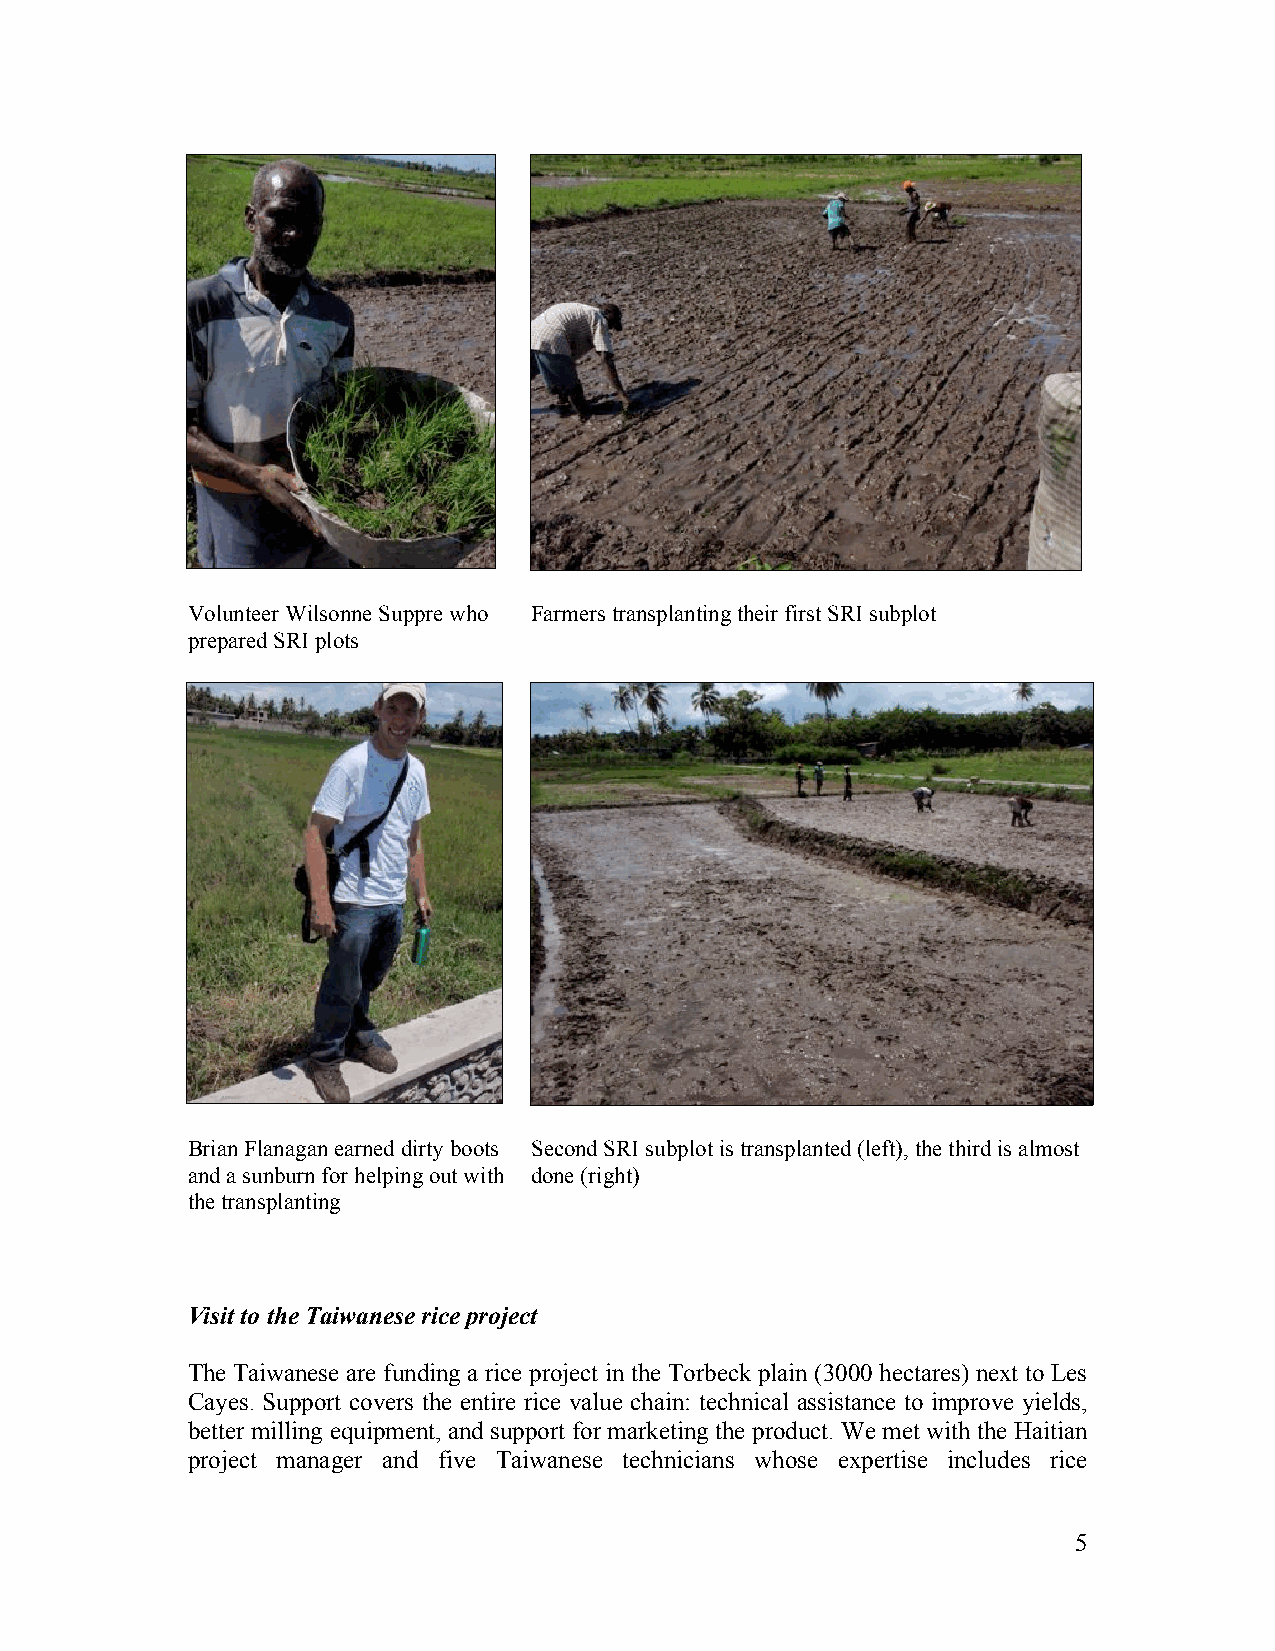
Volunteer Wilsonne Suppre who Farmers transplanting their first SRI subplot
 prepared SRI plots
 Brian Flanagan earned dirty boots Second SRI subplot is transplanted (left), the third is almost
 and a sunburn for helping out with done (right)
 the transplanting
 Visit to the Taiwanese rice project
 The Taiwanese are funding a rice project in the Torbeck plain (3000 hectares) next to Les
 Cayes. Support covers the entire rice value chain: technical assistance to improve yields,
 better milling equipment, and support for marketing the product. We met with the Haitian
 project manager and five Taiwanese technicians whose expertise includes rice
 5